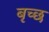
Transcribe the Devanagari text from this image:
बृच्‍छ